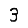
Digit: 3